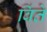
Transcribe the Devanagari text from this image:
बिंते